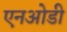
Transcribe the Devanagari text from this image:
एनओडी